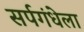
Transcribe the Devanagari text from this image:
सर्पगंधेला